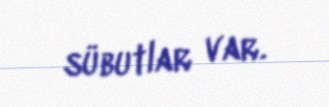
sübutlar var.